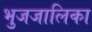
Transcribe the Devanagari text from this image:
भुजजालिका